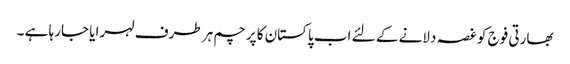
بھارتی فوج کو غصہ دلانے کے لئے اب پاکستان کا پرچم ہر طرف لہرایا جارہا ہے ۔